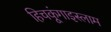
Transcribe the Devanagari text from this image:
हिचकूंगाइस्लाम